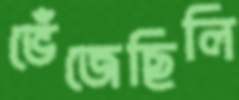
ভেঁজেছিলি